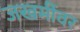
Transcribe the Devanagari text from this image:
जखमींवर